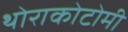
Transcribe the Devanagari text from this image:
थोराकोटोमी